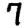
Digit: 7